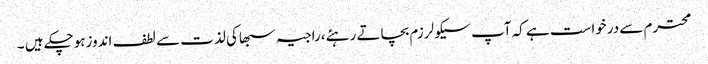
محترم سے درخواست ہے کہ آپ سیکولرزم بچاتے رہئے،راجیہ سبھاکی لذت سے لطف اندوزہوچکے ہیں ۔